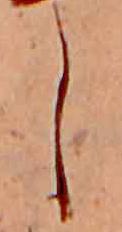
し